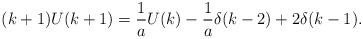
LaTeX: \begin{align*} (k+1) U(k+1) = \frac{1}{a} U(k) - \frac{1}{a} \delta (k-2) +2 \delta (k-1).\end{align*}